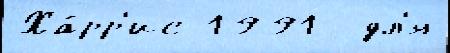
Ха́рр'ис 1991  дл'я